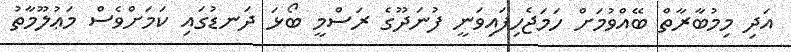
އަދި މިމުބާރާތް ބޭއްވުމަށް ހަމަޖެހިފައިވަނީ ފުނަދޫގެ ރަސްމީ ބޯޅަ ދަނޑުގައި ކަމަށްވެސް މަޢުލޫމާތު